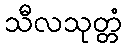
သီလသုတ္တံ